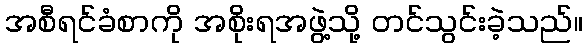
အစီရင်ခံစာကို အစိုးရအဖွဲ့သို့ တင်သွင်းခဲ့သည်။